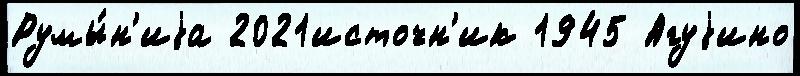
Румы́н'иjа 2021источн'ик 1945 Агуjино